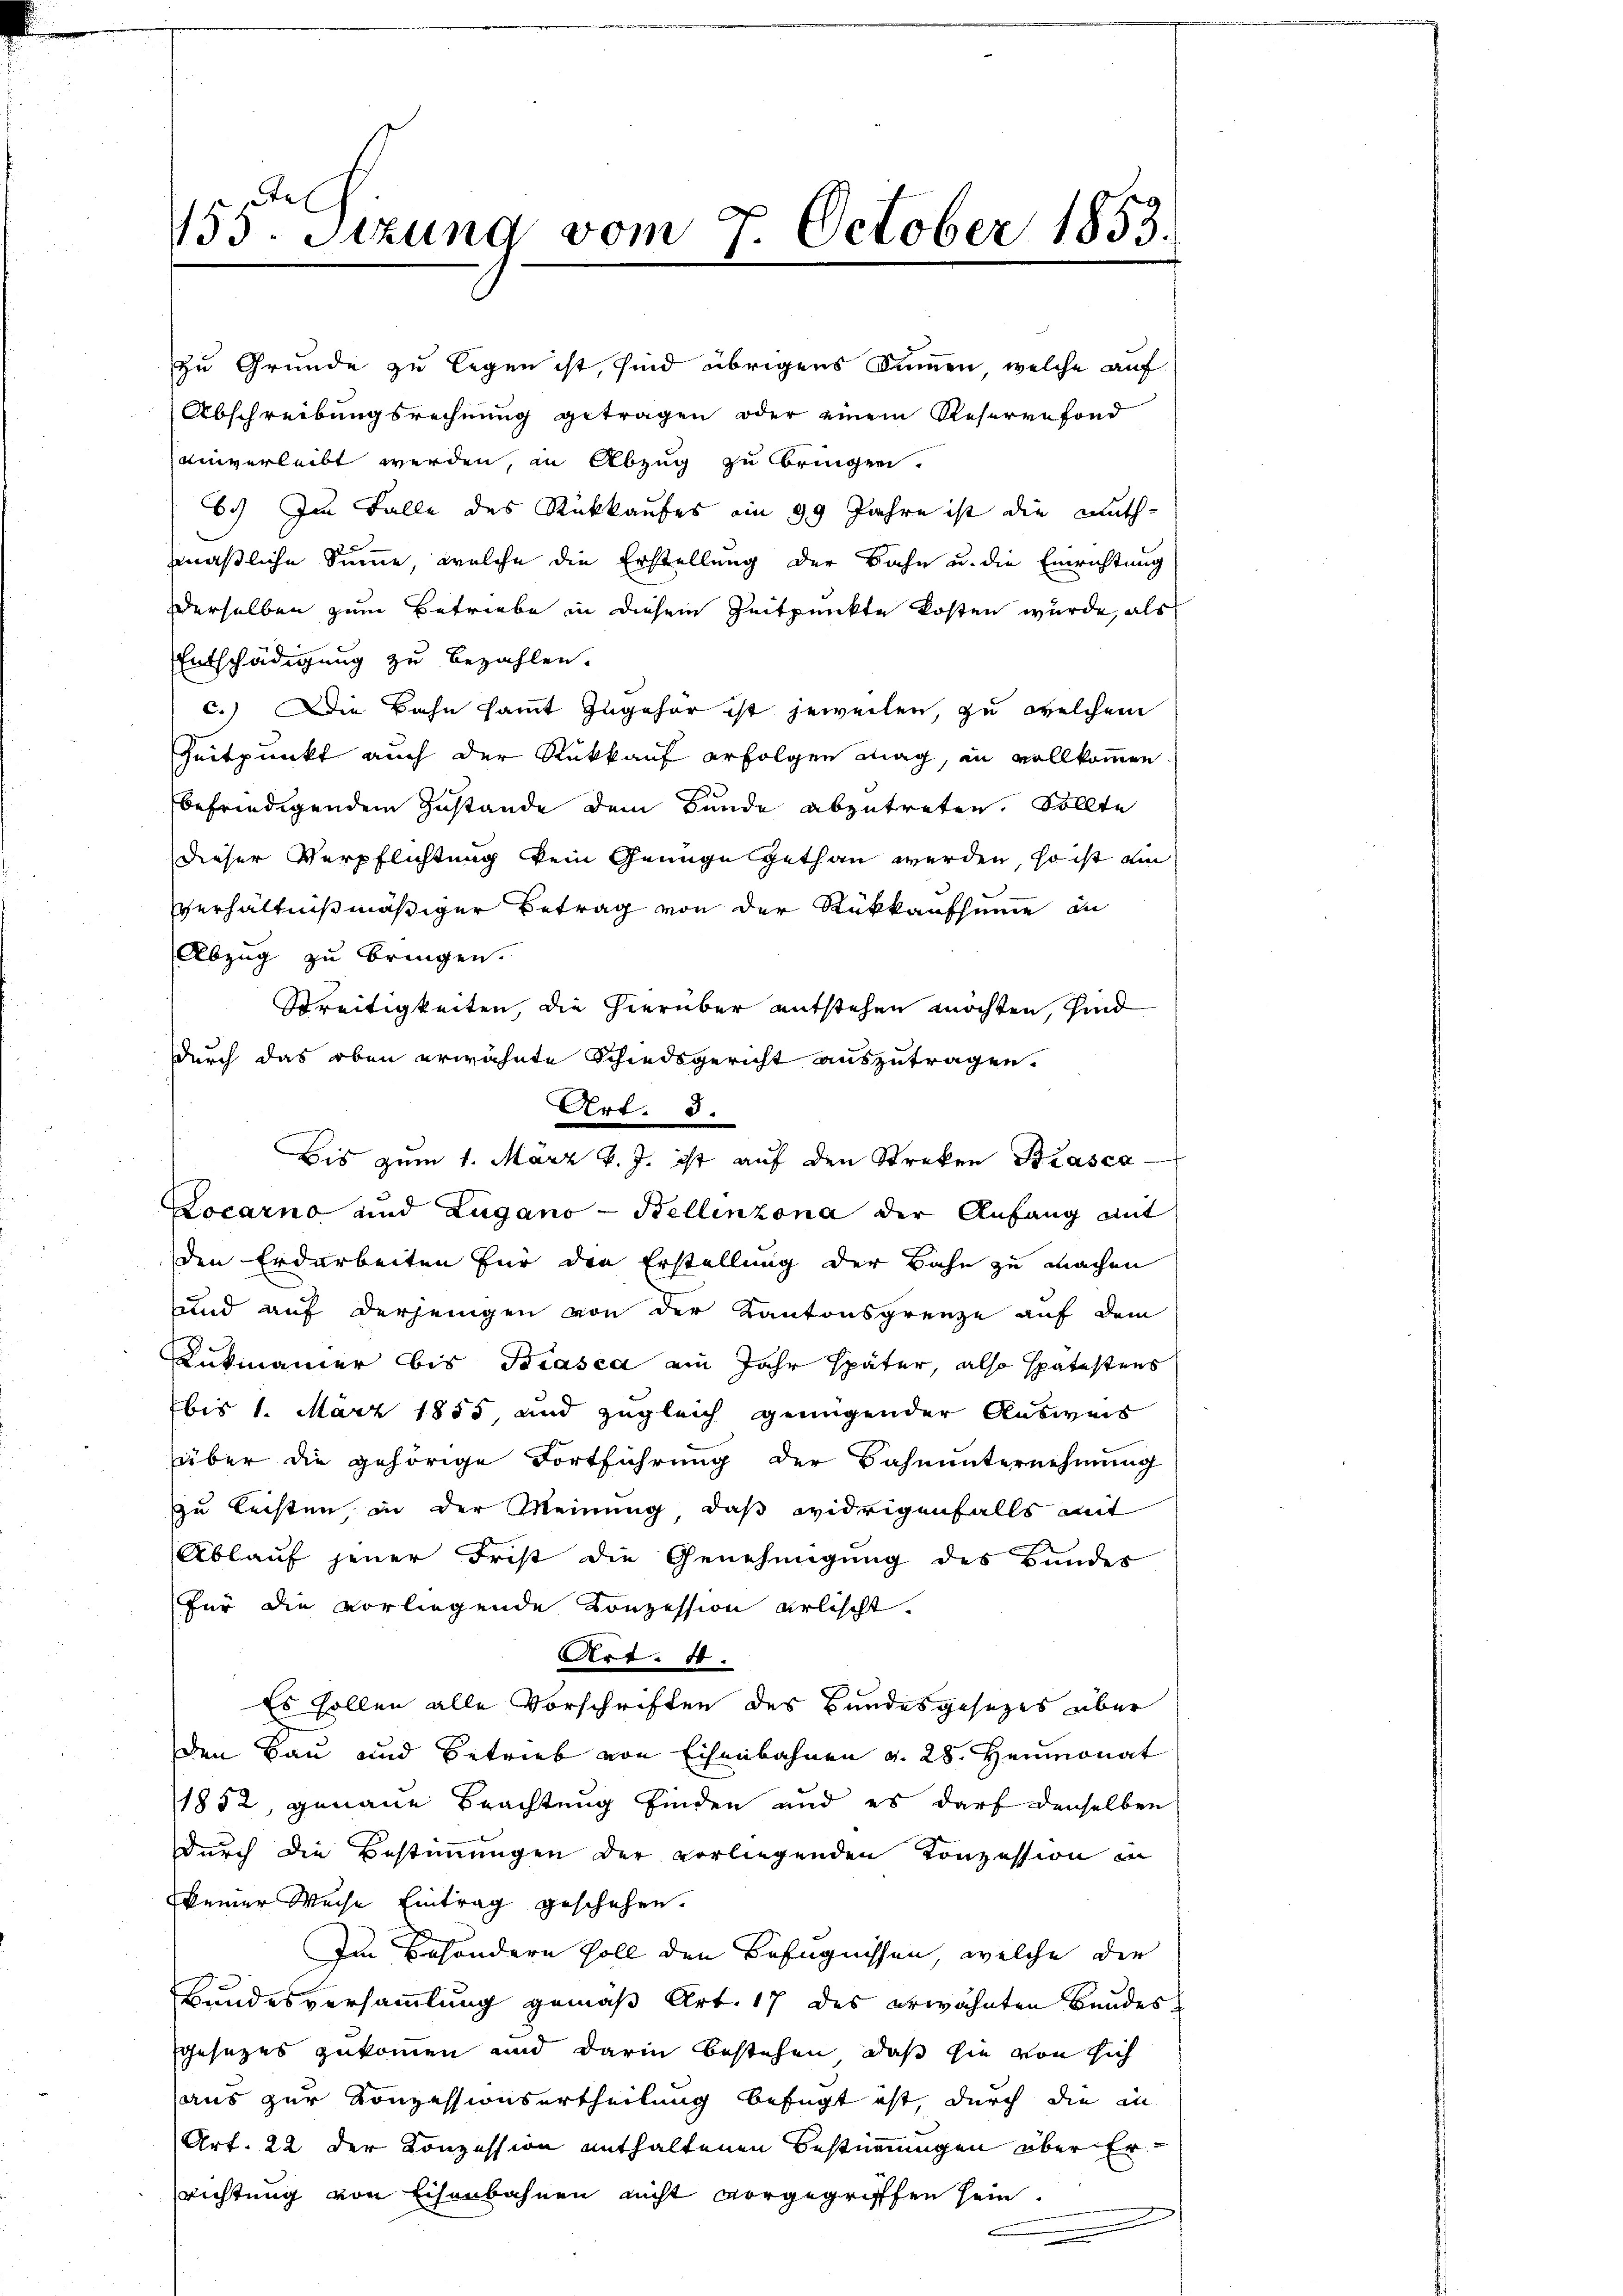
155. Sitzung vom 7. October 1853.

Entschädigung zu bezahlen.
c.) Die Bahn sammt zugehör ist jeweilen, zu welchem
Zeitpunkt auch der Rückkauf erfolgen mag, in vollkommen
befriedigendem Zustande dem Bunde abzutreten. Sollte
dieser Verpflichtung kein Genüge gethan werden, so ist ain
verhältnißmäßiger Betrag von der Rückkaufsumme in
Abzug zu bringen.
Streitigkeiten, die hierüber entstehen möchten, sind
durch das oben erwähnte Schiedsgericht auszutragen.
Locarno und Zugano - Pellinzona der Anfang mit
den Erdarbeiten für die Erstellung der Bahn zu machen
und auf derjenigen von der Kantonsgrenze auf dem
Lukmanner bis Biasca ein Jahr später, also spätestens
bis 1. März 1855 und zugleich genügender Ausweis
über die gehörige Fortführung der Bahnunternehmung
zu leisten in der Meinung, daß widrigenfalls mit
Ablauf jener Frist die Genehmigung des Bunder
für die vorliegende Konzession erlischt.
Art. 10.
Es sollen alle Vorschriften des Bundesgesezes über
den Bau und Betrieb von Eisenbahnen v. 28. Heumonat
1852, genaue Beachtung finden und es darf denselben
durch die Bestimmungen der vorliegenden Konzession in
keiner Weise Eintrag geschehen.
Im Besondern soll den Befugnissen, welche die
Bundesversammlung gemäß Art. 17 des erwähnten Bundesgesezes zukommen und darin bestehen, daß sie von sich
aus zur Konzessionsertheilung befugt ist, durch die in
Art. 22 der Konzession enthaltenen Bestimmungen über Er
richtung von Eisenbahnen nicht vorgegriffen sein.
e

zu Grunde zu legen ist, sind übrigens Summen, welche auf
Abschreibungsrechnung getragen oder einem Reservefond
einverleibt werden, in Abzug zu bringen.
6.) Im Falle des Rückkaufes am 29 Jahre ist die muthmaßliche Summe, welche die Erstellung der Bahn u. die Einrichtung
derselben zum Betriebe in diesem Zeitpunkte kosten wurde, als

Art. 3.
Bis zum 1. März v. J. ist auf den Streken Biasca